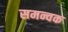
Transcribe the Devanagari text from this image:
समन्वक